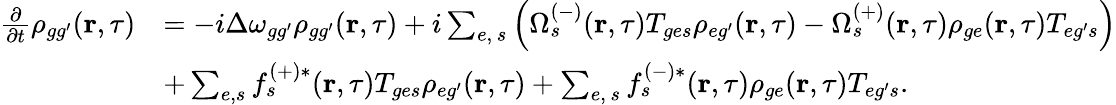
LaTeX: \begin{array}{rl}{\frac{\partial}{\partial t}\rho_{{gg^{\prime}}}(\textbf{r},\tau)}&{=-i\Delta\omega_{{gg^{\prime}}}\rho_{{gg^{\prime}}}(\textbf{r},\tau)+i\sum_{e,\, s}\left(\Omega_{s}^{(-)}(\textbf{r},\tau)T_{{ge}s}\rho_{{eg^{\prime}}}(\textbf{r},\tau)-\Omega_{s}^{(+)}(\textbf{r},\tau)\rho_{{ge}}(\textbf{r},\tau)T_{{eg^{\prime}}s}\right)}\\ &{+\sum_{e,s}f_{s}^{(+)*}(\textbf{r},\tau)T_{{ge}s}\rho_{{eg^{\prime}}}(\textbf{r},\tau)+\sum_{e,\, s}f_{s}^{(-)*}(\textbf{r},\tau)\rho_{{ge}}(\textbf{r},\tau)T_{{eg^{\prime}}s}.}\end{array}